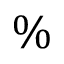
\%